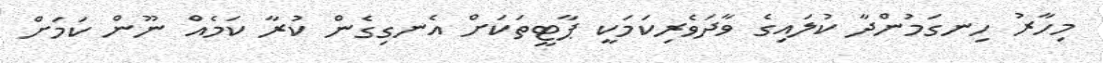
މިހާރު ހިނގަމުންދާ ކުލައިގެ ވާދަވެރިކަމަކީ ޕާޓީތަކަށް އެނގިގެން ކުރާ ކަމެއް ނޫން ކަމަށް